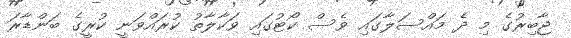
ޖާބިރުގެ މި ދެ މައްސަލާގައި ވެސް ކޯޓުގައި ވަކާލާތު ކުރައްވަނީ ކުރީގެ ބަންޑާރަ